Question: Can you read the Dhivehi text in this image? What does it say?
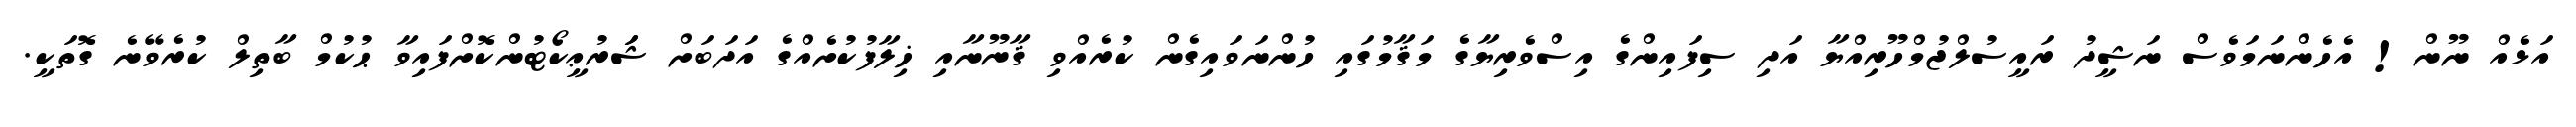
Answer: އަޅެއް ނޫން! އެހެންނަމަވެސް ނަޝީދު ރައީސުލްޖުމްހޫރިއްޔާ އަދި ސިފައިންގެ އިސްވެރިޔާގެ މަޤާމުގައި ހުންނަވައިގެން ކުރެއްވި ޤާނޫނާއި ޚިލާފުކުށެއްގެ އަދަބަށް ޝަަރުޢީކޯޓުންކޮށްފައިވާ ޙުކުމް ބާތިލް ކުރެވޭނެ ގޮތަކީ.